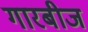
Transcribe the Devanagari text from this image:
गारबीज